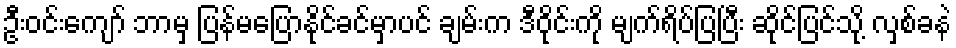
ဦးဝင်းကျော် ဘာမှ ပြန်မပြောနိုင်ခင်မှာပင် ချမ်းက ဒီဝိုင်းကို မျက်ရိပ်ပြပြီး ဆိုင်ပြင်သို့ လှစ်ခနဲ